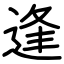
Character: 逢